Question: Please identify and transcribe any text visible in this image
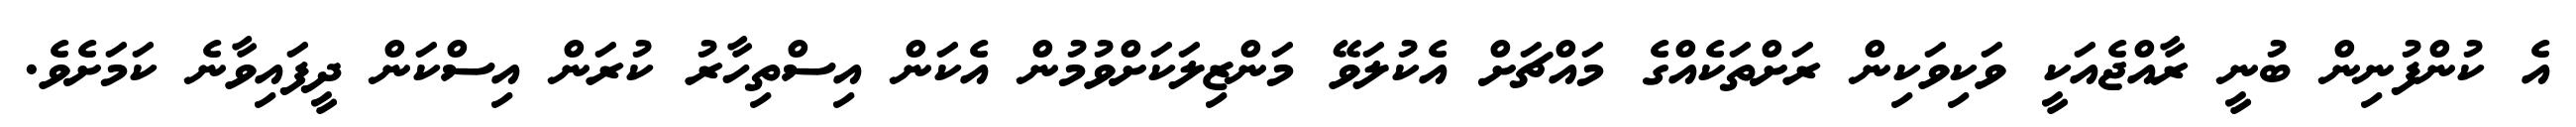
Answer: އެ ކުންފުނިން ބުނީ ރާއްޖެއަކީ ވަކިވަކިން ރަށްތަކެއްގެ މައްޗަށް އެކުލަވޭ މަންޒިލަކަށްވުމުން އެކަން އިސްތިހާރު ކުރަން އިސްކަން ދީފައިވާނެ ކަމަށެވެ.